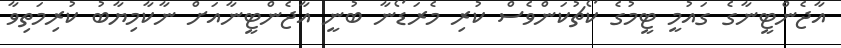
އާޖެންޓީނާގެ ގައުމީ ޓީމުގެ ކޯޗުކަންވެސް ކުރި މެރަޑޯނާ ބުނީ އާޖެންޓީނާއަށް ނާކާމިޔާބު ކުރިމަތިވާ